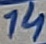
Text: 14